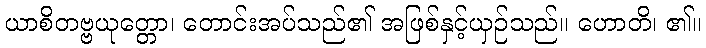
ယာစိတဗ္ဗယုတ္တော၊ တောင်းအပ်သည်၏ အဖြစ်နှင့်ယှဉ်သည်။ ဟောတိ၊ ၏။